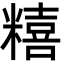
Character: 糦